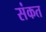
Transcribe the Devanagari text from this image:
संकत